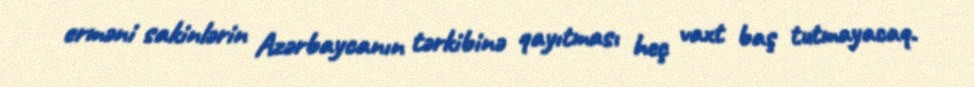
erməni sakinlərin Azərbaycanın tərkibinə qayıtması heç vaxt baş tutmayacaq.